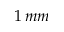
1 \, m m